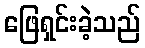
ဖြေရှင်းခဲ့သည်